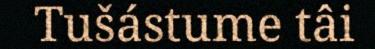
Tušástume tâi